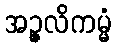
အဉ္ဇလိကမ္မံ